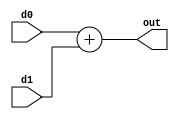
`timescale 1ns / 1ps
//////////////////////////////////////////////////////////////////////////////////
// Company: 
// 
// Design Name: 
// Module Name:    adder32 
// Project Name: 
// Target Devices: 
// Tool versions: 
// Description: 
//
// Dependencies: 
//
// Revision: 
// Revision 0.01 - File Created
// Additional Comments: 
//
//////////////////////////////////////////////////////////////////////////////////
module adder32(
    input [31:0] d0,
    input [31:0] d1,
    output [31:0] out
    );
assign out = d0 + d1;
endmodule